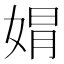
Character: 𡝭